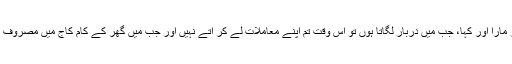
آپؓ کو بہت غصہ آیا اور اس شخص کو ایک درا پیٹھ پر مارا اور کہا، جب میں دربار لگاتا ہوں تو اس وقت تم اپنے معاملات لے کر آتے نہیں اور جب میں گھر کے کام کاج میں مصروف ہوتا ہو ں تو تم اپنی ضرورتوں کو لے کر آجاتے ہو…!